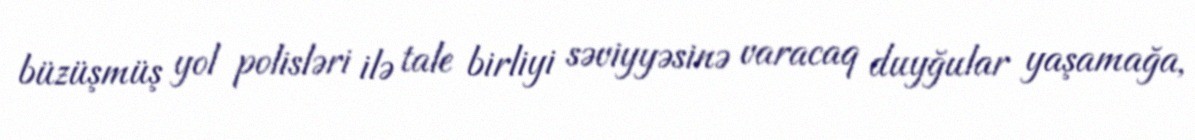
büzüşmüş yol polisləri ilə tale birliyi səviyyəsinə varacaq duyğular yaşamağa,